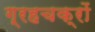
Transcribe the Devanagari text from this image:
ग्रहचक्रों